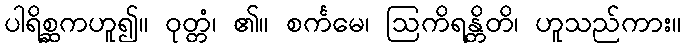
ပါရိစ္ဆကဟူ၍။ ဝုတ္တံ၊ ၏။ စင်္ကမေ၊ ဩကိရန္တိတိ၊ ဟူသည်ကား။